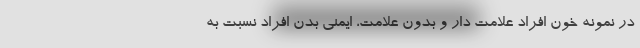
در نمونه خون افراد علامت دار و بدون علامت، ایمنی بدن افراد نسبت به